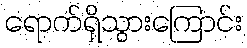
ရောက်ရှိသွားကြောင်း